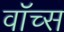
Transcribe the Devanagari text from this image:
वॉच्स